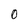
Character: O